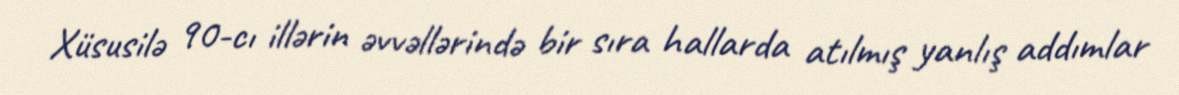
Xüsusilə 90-cı illərin əvvəllərində bir sıra hallarda atılmış yanlış addımlar